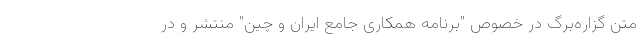
متن گزاره‌برگ در خصوص "برنامه همکاری جامع ایران و چین" منتشر و در